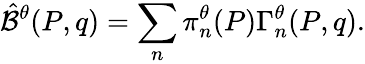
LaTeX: \hat{\cal B}^{\theta}(P,q)=\sum_{n}\pi_{n}^{\theta}(P)\Gamma_{n}^{\theta}(P,q).